Madras plague regulations in force outside the Presidency town - Volume 1
Disease focus: Plague
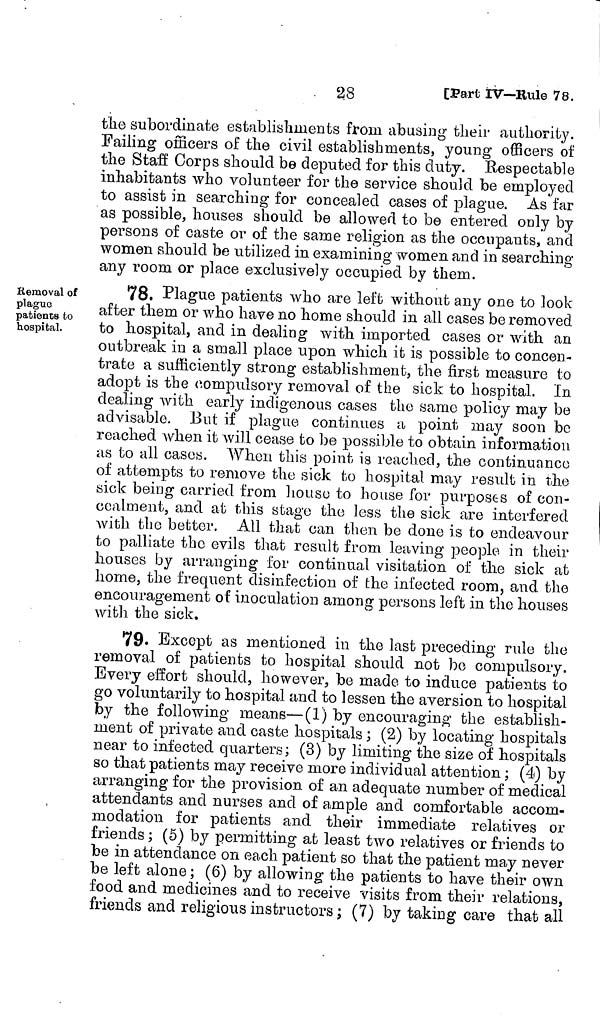
28
[Part IV—Rule 78.
the subordinate establishments from abusing their authority.
Failing officers of the civil establishments, young officers of
the Staff Corps should be deputed for this duty. Respectable
inhabitants who volunteer for the service should be employed
to assist in searching for concealed cases of plague. As far
as possible, houses should be allowed to be entered only by
persons of caste or of the same religion as the occupants, and
women should be utilized in examining women and in searching
any room or place exclusively occupied by them.
Removal of
plague
patients to
hospital.
78. Plague patients who are left without any one to look
after them or who have no home should in all cases be removed
to hospital, and in dealing with imported cases or with an
outbreak in a small place upon which it is possible to concen-
trate a sufficiently strong establishment, the first measure to
adopt is the compulsory removal of the sick to hospital. In
dealing with early indigenous cases the same policy may be
advisable. But if plague continues a point may soon be
reached when it will cease to be possible to obtain information
as to all cases. When this point is reached, the continuance
of attempts to remove the sick to hospital may result in the
sick being carried from house to house for purposes of con-
cealment, and at this stage the less the sick are interfered
with the better. All that can then be done is to endeavour
to palliate the evils that result from leaving people in their
houses by arranging for continual visitation of the sick at
home, the frequent disinfection of the infected room, and the
encouragement of inoculation among persons left in the houses
with the sick.
79. Except as mentioned in the last preceding rule the
removal of patients to hospital should not be compulsory.
Every effort should, however, be made to induce patients to
go voluntarily to hospital and to lessen the aversion to hospital
by the following means—(1) by encouraging the establish-
ment of private and caste hospitals ; (2) by locating hospitals
near to infected quarters; (3) by limiting the size of hospitals
so that patients may receive more individual attention ; (4) by
arranging for the provision of an adequate number of medical
attendants and nurses and of ample and comfortable accom-
modation for patients and their immediate relatives or
friends ; (5) by permitting at least two relatives or friends to
be in attendance on each patient so that the patient may never
be left alone ; (6) by allowing the patients to have their own
food and medicines and to receive visits from their relations,
friends and religious instructors ; (7) by taking care that all